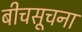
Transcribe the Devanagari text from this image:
बीचसूचना